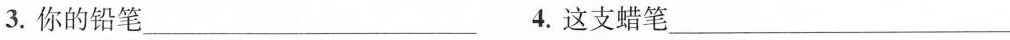
3.你的铅笔___4.这支蜡笔___